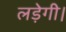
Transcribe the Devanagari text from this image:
लड़ेगी।